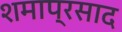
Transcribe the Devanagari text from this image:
शमाप्रसाद